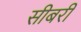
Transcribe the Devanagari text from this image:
सीबरी